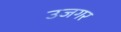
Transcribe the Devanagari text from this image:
उजगर